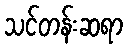
သင်တန်းဆရာ